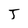
Character: J